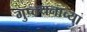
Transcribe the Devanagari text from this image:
गुप्तधनाच्या